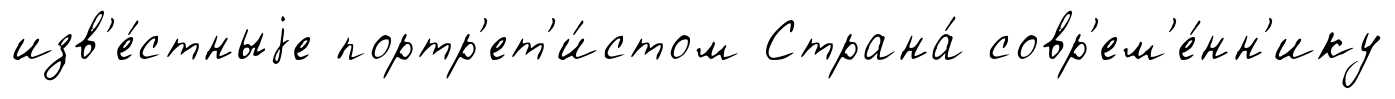
изв'е́стныjе портр'ет'и́стом Страна́ совр'ем'е́нн'ику